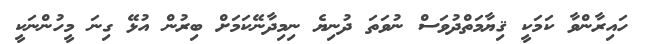
ހައިރާންވާ ކަމަކީ ޤިޔާމަތްދުވަސް ނުވަތަ ދުނިޔެ ނިމިދާނޭކަމަށް ބިރުން އުޅޭ ގިނަ މީހުންނަކީ